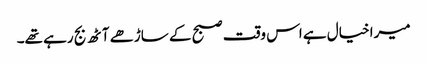
میرا خیال ہے اس وقت صبح کے ساڑھے آٹھ بج رہے تھے۔